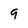
Character: g